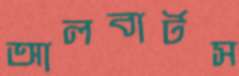
আলবার্টস